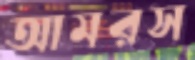
আমরস